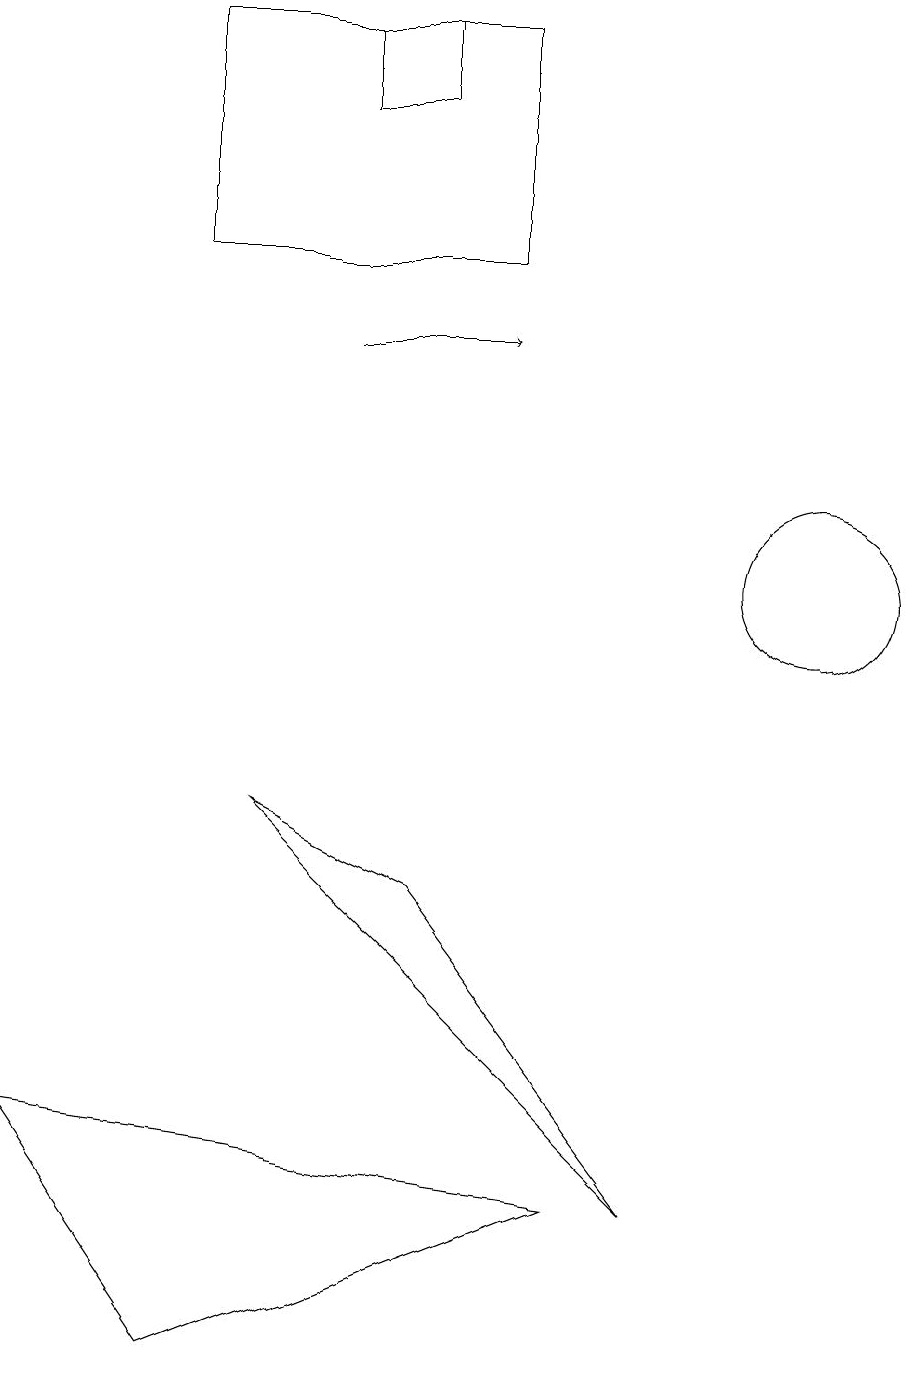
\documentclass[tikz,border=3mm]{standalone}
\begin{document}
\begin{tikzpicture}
\draw (1,4) -- (3,1) -- (8,3) -- cycle;
\draw (7,15) rectangle (3,18);
\draw (11,11) circle (1);
\draw[->] (5,14) -- (7,14);
\draw (5,17) rectangle (6,18);
\draw (6,7) -- (4,8) -- (9,3) -- cycle;
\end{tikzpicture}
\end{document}